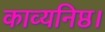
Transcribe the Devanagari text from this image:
काव्यनिष्ठ।